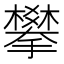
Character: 攀